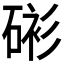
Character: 𥓸